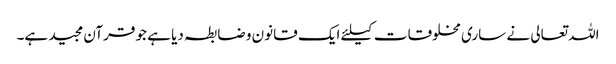
اللہ تعالی نے ساری مخلوقات کیلئے ایک قانون و ضابطہ دیا ہے جو قرآن مجید ہے۔